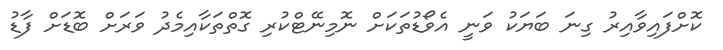
ކޮށްފައިވާއިރު ގިނަ ބަޔަކު ވަނީ އެވޯޑުތަކަށް ނޮމިނޭޓްކުރި ގޮތްތަކާއިމެދު ވަރަށް ބޮޑަށް ފާޑު